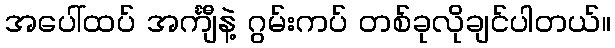
အပေါ်ထပ် အင်္ကျီနဲ့ ဂွမ်းကပ် တစ်ခုလိုချင်ပါတယ်။